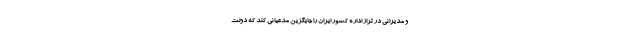
و مدیرانی در تراز اداره کشور ایران را جایگزین مدعیانی کند که دولت